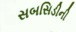
સબસિડીની